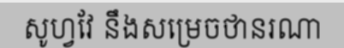
សូហ្វវែ នឹងសម្រេចថានរណា